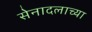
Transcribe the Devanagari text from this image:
सेनादलाच्या